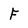
Character: F